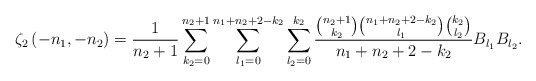
\begin{align*}\zeta_{2}\left(-n_{1},-n_{2}\right)=\frac{1}{n_{2}+1}\sum_{k_{2}=0}^{n_{2}+1}\sum_{l_{1}=0}^{n_{1}+n_{2}+2-k_{2}}\sum_{l_{2}=0}^{k_{2}}\frac{\binom{n_{2}+1}{k_{2}}\binom{n_{1}+n_{2}+2-k_{2}}{l_{1}}\binom{k_{2}}{l_{2}}}{n_{1}+n_{2}+2-k_{2}}B_{l_{1}}B_{l_{2}}.\end{align*}